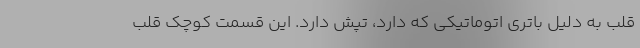
قلب به دلیل باتری اتوماتیکی که دارد، تپش دارد. این قسمت کوچک قلب